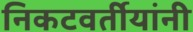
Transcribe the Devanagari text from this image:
निकटवर्तीयांनी